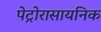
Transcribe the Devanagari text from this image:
पेट्रोरासायनिक